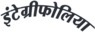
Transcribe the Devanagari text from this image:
इंटेग्रीफोलिया